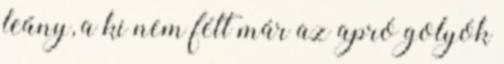
leány, a ki nem félt már az apró golyók